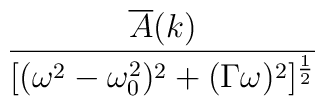
\frac{\overline A(k)}{\lbrack(\omega^2-\omega_0^2)^2+(\Gamma\omega)^2\rbrack^{\frac{1}{2}}}